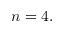
n = 4 .